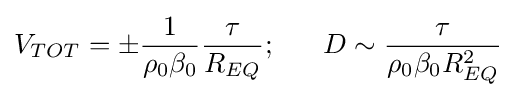
V_{TOT}=\pm {\frac {1}{\rho _{0}\beta _{0}}}{\frac {\tau }{R_{EQ}}};\ \ \ \ \ D\sim {\frac {\tau }{\rho _{0}\beta _{0}R_{EQ}^{2}}}